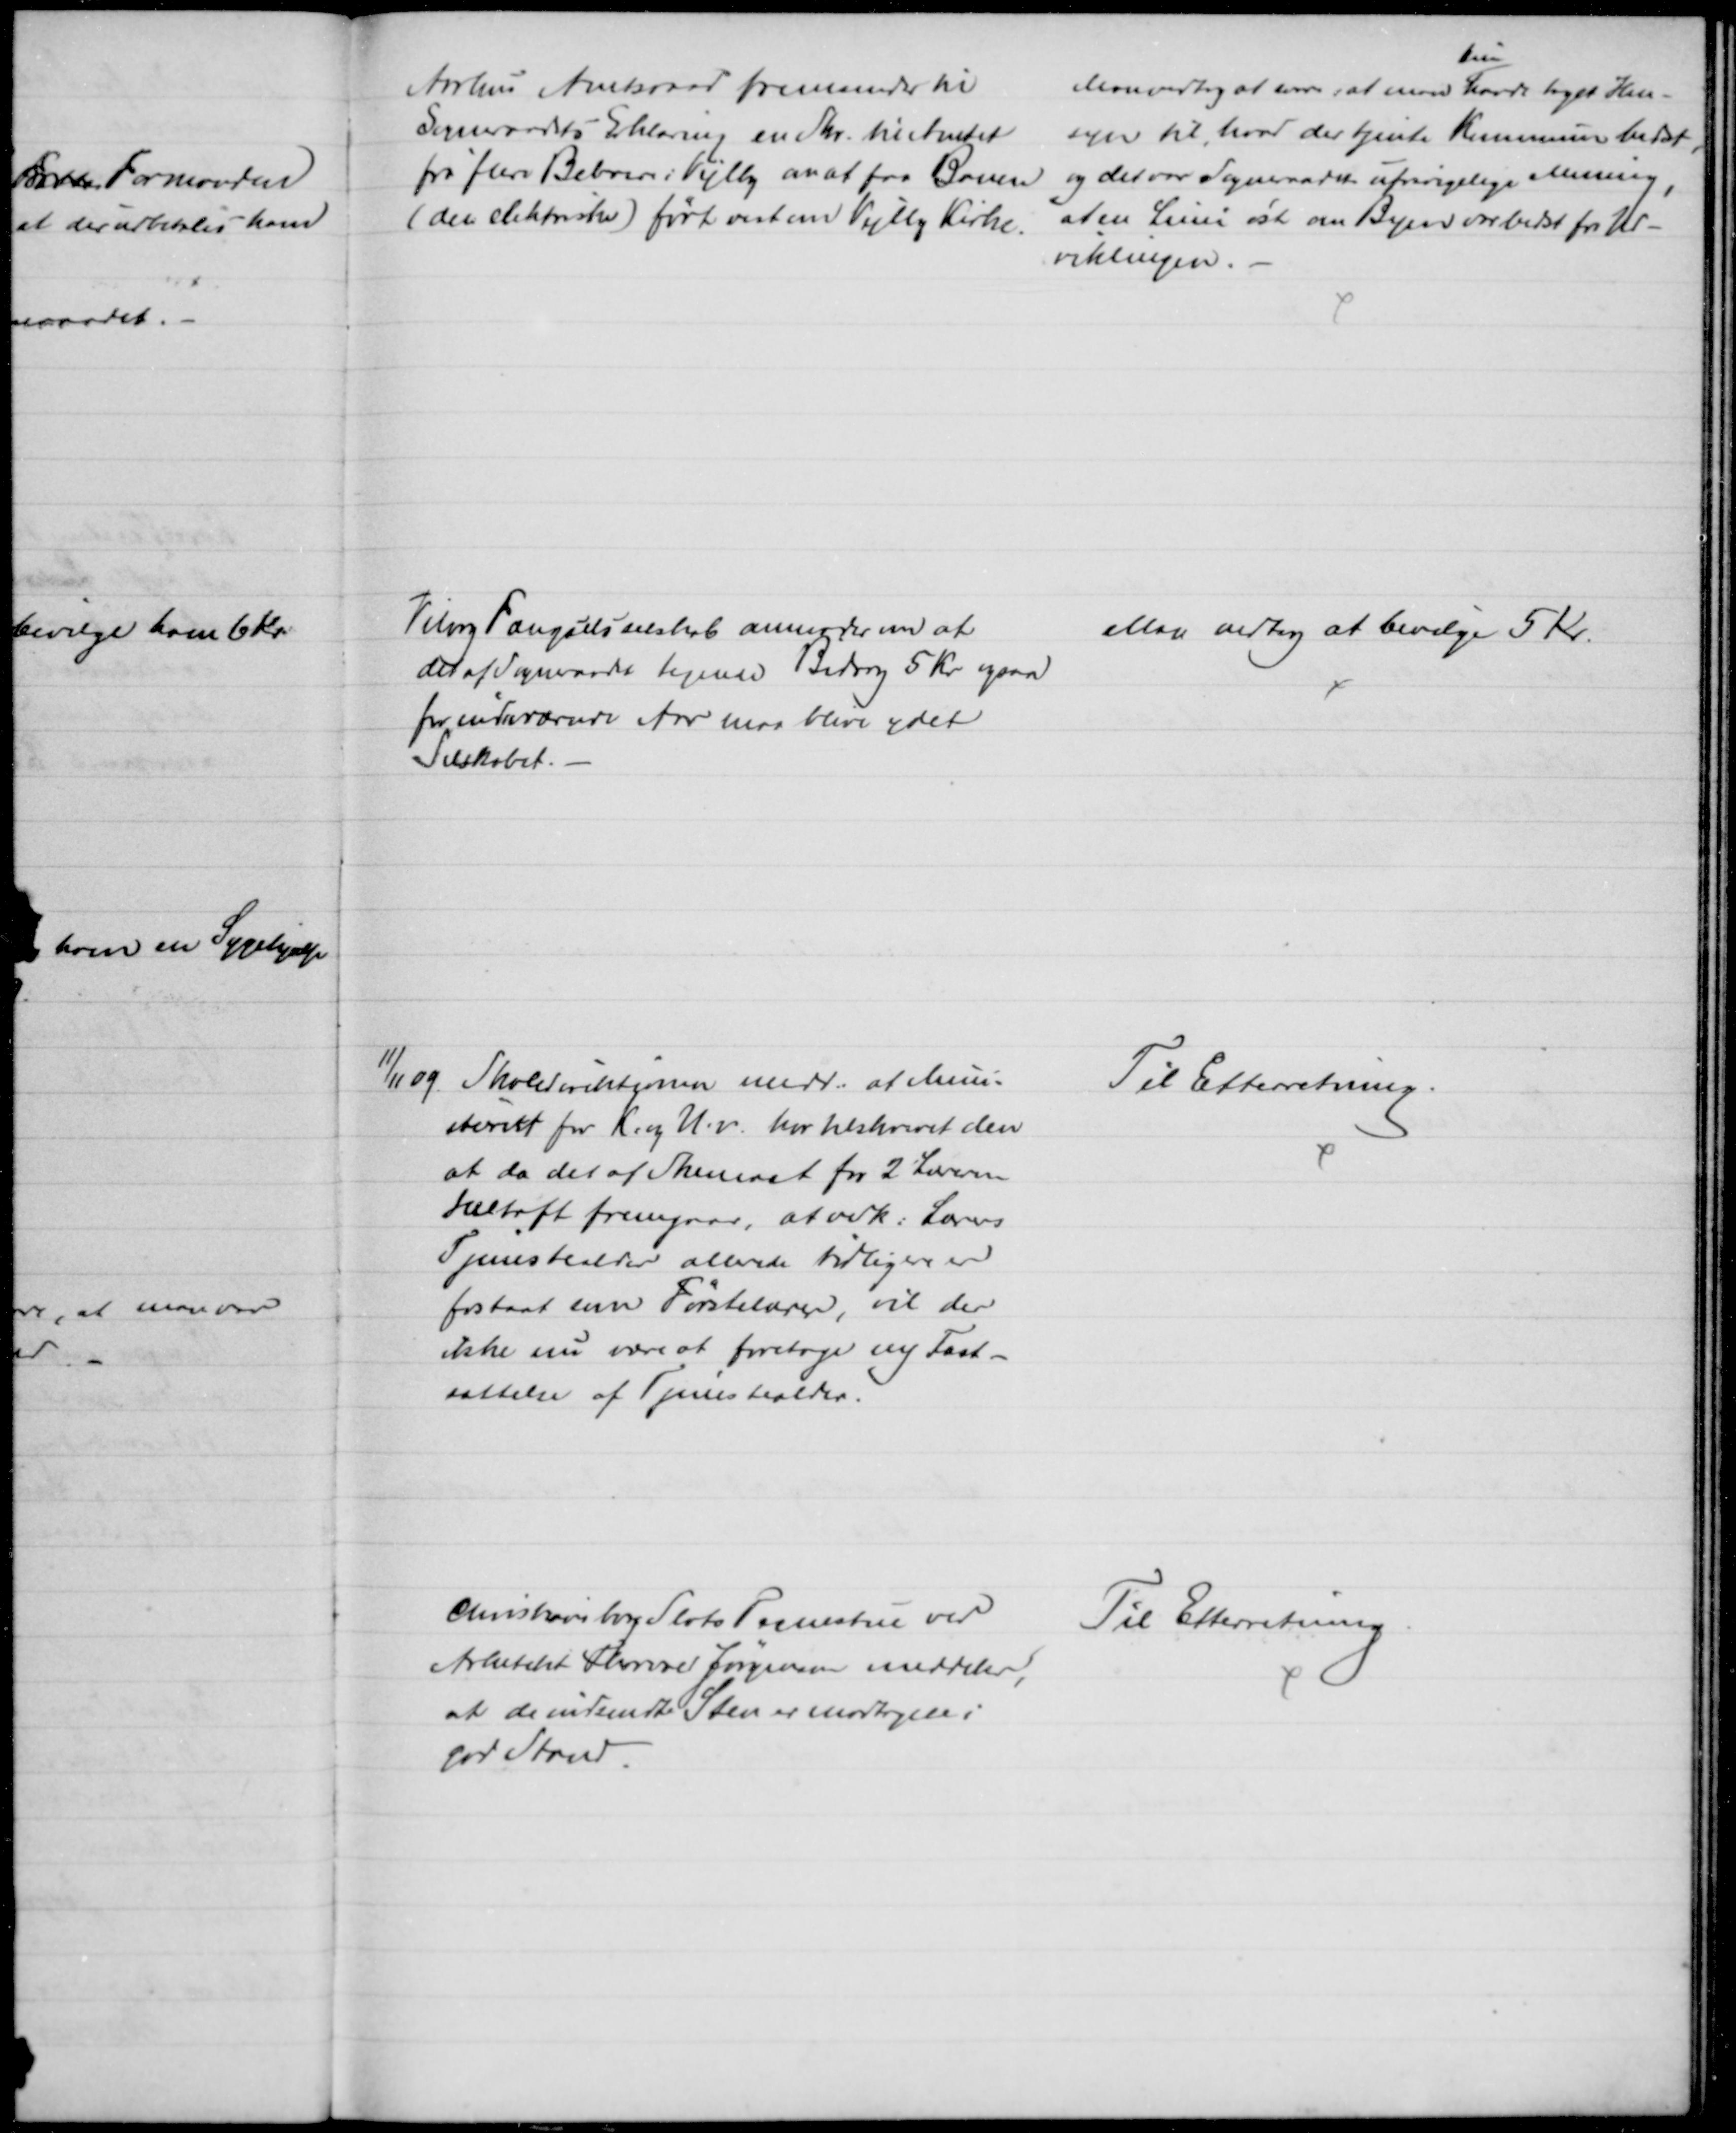
Transskription:
Aarhus Amtsraad fremsender til
Sogneraadets Erklæring en Skr. til Amtet
fra flere Beboere i Vejlby om at faa Banen
(den elektriske) ført vest om Vejlby Kirke.
Man vedtog at svare: at man 
kun
havde taget Hen-
syn til, hvor det tjente Kommunen bedst 
og det var Sogneraadets ufravigelige Mening
at en Linie øst om Byen var bedst for Ud-
viklingen.
Viborg Fængselsselskab anmoder om at
det af Sogneraadet tegnede Bidrag 5 Kr ogsaa
for indeværende Aar maa blive ydet
Selskabet.
Man vedtog at bevilge 5 Kr.
11/11 09
Skoledirektionen medd. at Mini-
steriet for K. og U.v. har tilskrevet den
at da det af Skemaet for 2 Læreren
Heltoft fremgaar, at vedk. Lærers
Tjenestealder allerede tidligere er
fastsat som Førstelærer, vil der
ikke nu være at foretage ny Fast-
sættelse af Tjenestealder.
Til Efterretning.
Christiansborg Slots Tegnestue ved
Arkitekt Thomas Jørgensen meddeler,
at de indsendte Sten er modtagne i
god Stand.
Til Efterretning.